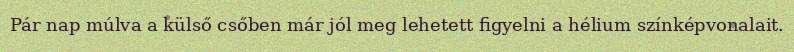
Pár nap múlva a külső csőben már jól meg lehetett figyelni a hélium színképvonalait.